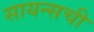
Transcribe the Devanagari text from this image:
सायन्सची